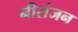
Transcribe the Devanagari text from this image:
नीरांजन